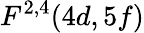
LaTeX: F^{2,4}(4d,5f)